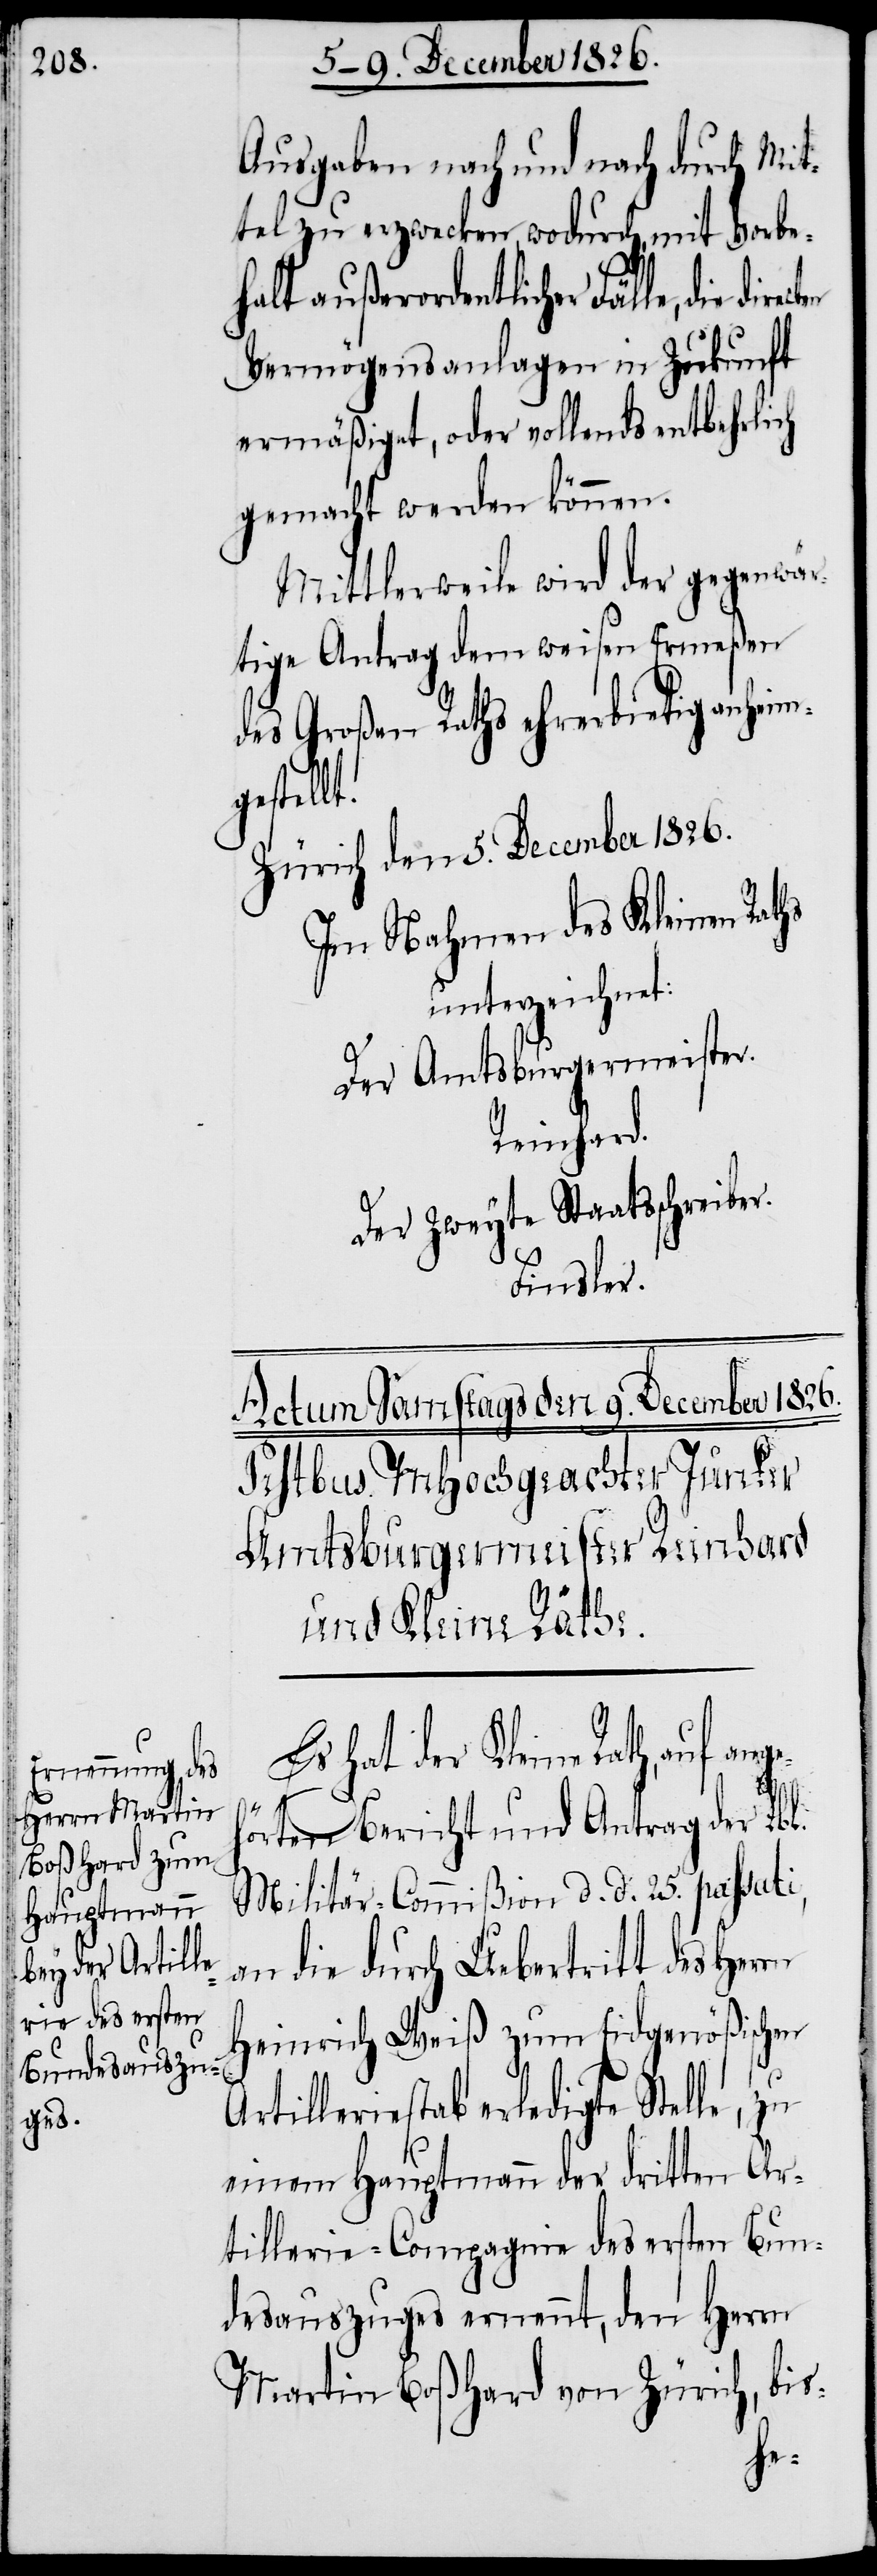
Ausgaben nach und nach durch Mit¬
tel zu erzwecken, wodurch, mit Vorbe¬
halt außerordentlicher Fälle, die
Vermögensanlagen in Zukunft
ermäßiget, oder vollends entbehrlich
gemacht werden können.
Mittlerweile wird der gegenwär¬
tige Antrag dem weisen Ermeßen
des Großen Raths ehrerbietig anheim¬
gestellt.
Zürich den 5. December 1826.
Im Nahmen des Kleinen Raths
unterzeichnet:
Der Amtsburgermeister.
Reinhard.
Der zweyte Staatsschreiber.
angeh¬
Es hat der Kleine Rath, auf
A¬
örten Bericht und Antrag der Lbl.
Militär-Commißion d. d. 25. passati,
an die durch Uebertritt des Herrn
Heinrich Weiß zum Eidgenößischen
rtilleriestab erledigte Stelle, zu
einem Hauptmann der dritten Ar¬
tillerie-Compagnie des ersten Bun¬
desauszuges ernennt, den Herrn
Martin Boßhard von Zürich, bis-